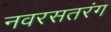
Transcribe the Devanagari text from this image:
नवरसतरंग